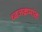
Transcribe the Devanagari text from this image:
ध्वजक्रमांक